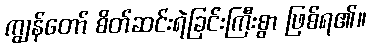
ကျွန်တော် စိတ်ဆင်းရဲခြင်းကြီးစွာ ဖြစ်ရ၏။